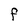
Character: F